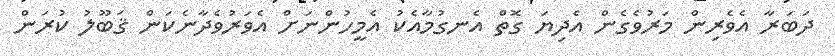
ދަބަރާ އެވެރިން މަރުވެގެން އެދިޔަ ގޮތް އެނގުމާއެކު އެމީހުންނަށް އެވަރުވެދާނެކަން ޤަބޫލު ކުރަން